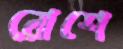
রোশে